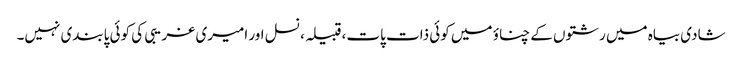
شادی بیاہ میں رشتوں کے چناؤ میں کوئی ذات پات، قبیلہ، نسل اور امیری غریبی کی کوئی پابندی نہیں۔